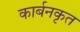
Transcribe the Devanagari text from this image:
कार्बनकृत